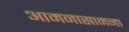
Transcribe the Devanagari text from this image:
आमनासामना